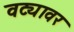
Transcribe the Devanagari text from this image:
वट्यावर